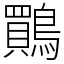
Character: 鷶